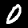
Digit: 0